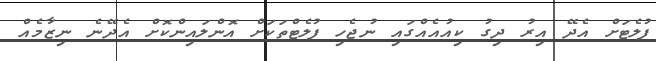
ފުލެޓަށް އެދޭ އިރު ދިގު ކިއުއެއްގައި ނުޖެހި ފުލެޓްތަކަށް އޮންލައިންކޮށް އެދޭނެ ނިޒާމެއް